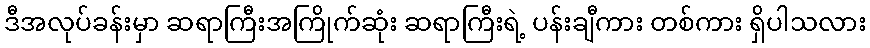
ဒီအလုပ်ခန်းမှာ ဆရာကြီးအကြိုက်ဆုံး ဆရာကြီးရဲ့ ပန်းချီကား တစ်ကား ရှိပါသလား